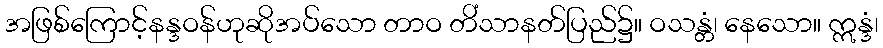
အဖြစ်ကြောင့်နန္ဒဝန်ဟုဆိုအပ်သော တာဝ တိံသာနတ်ပြည်၌။ ဝသန္တံ၊ နေသော။ ဣန္ဒံ၊